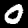
Label: 0